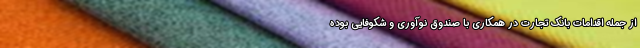
از جمله اقدامات بانک تجارت در همکاری با صندوق نوآوری و شکوفایی بوده